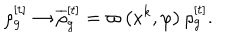
LaTeX: \rho _ { g } ^ { [ t ] } \rightarrow \overline { { { \rho } } } _ { g } ^ { [ t ] } = \varpi \left( x ^ { k } , \varphi \right) \rho _ { g } ^ { [ t ] } .